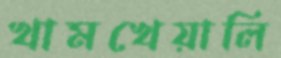
খামখেয়ালি